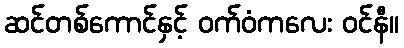
ဆင်တစ်ကောင်နှင့် ဝက်ဝံကလေး ဝင်နီ။